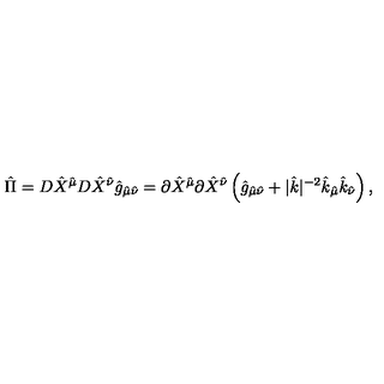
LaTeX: { \hat { \Pi } } = D { \hat { X } } ^ { \hat { \mu } } D { \hat { X } } ^ { \hat { \nu } } { \hat { g } } _ { { \hat { \mu } } { \hat { \nu } } } = \partial { \hat { X } } ^ { \hat { \mu } } \partial { \hat { X } } ^ { \hat { \nu } } \left( { \hat { g } } _ { { \hat { \mu } } { \hat { \nu } } } + | { \hat { k } } | ^ { - 2 } { \hat { k } } _ { \hat { \mu } } { \hat { k } } _ { \hat { \nu } } \right) ,